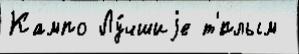
Кампо Лу́чшиjе т'́плым